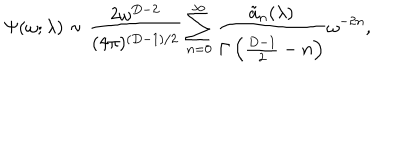
\Psi ( \omega ; \lambda ) \sim { \frac { 2 \omega ^ { D - 2 } } { ( 4 \pi ) ^ { ( D - 1 ) / 2 } } } \sum _ { n = 0 } ^ { \infty } { \frac { \tilde { a } _ { n } ( \lambda ) } { \Gamma \left( { \frac { D - 1 } { 2 } } - n \right) } } \omega ^ { - 2 n } ,